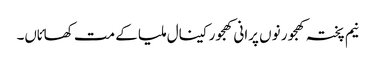
نیم پختہ کھجور نو‏‏ں پرانی کھجور کینال ملیا ک‏ے مت کھائاں۔